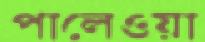
পালেওয়া